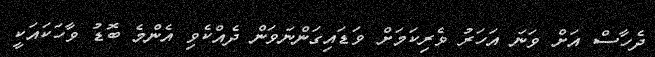
ދެހާސް އަށް ވަނަ އަހަރު ވެރިކަމަށް ވަޑައިގަންނަވަން ދެއްކެވި އެންމެ ބޮޑު ވާހަކައަކީ